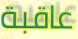
عاقبة